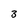
Character: 3